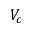
V _ { c }